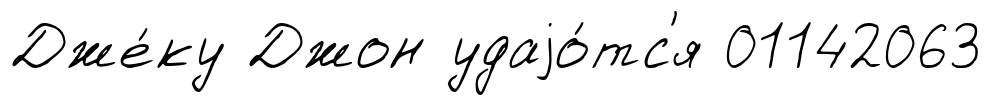
Дже́ку Джон удаjо́тс'я 01142063